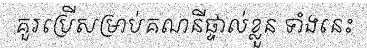
គួរប្រើសម្រាប់គណនីផ្ទាល់ខ្លួន ទាំងនេះ